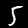
Label: 5